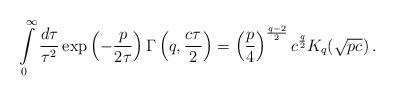
LaTeX: \begin{align*}\int\limits_0^\infty\frac{d\tau}{\tau^2}\,\mathrm{exp}\left(-\frac{p}{2\tau}\right)\Gamma\left(q,\frac{c\tau}2\right)= \left(\frac p4\right)^ {\frac{q-2}2}c^{\frac q2}K_q(\sqrt{pc})\,.\end{align*}